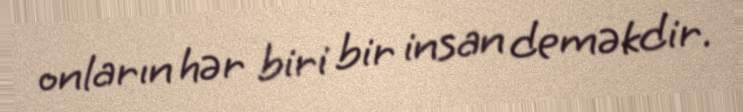
onların hər biri bir insan deməkdir.